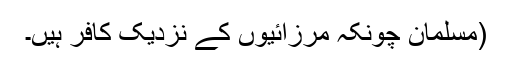
(مسلمان چونکہ مرزائیوں کے نزدیک کافر ہیں۔